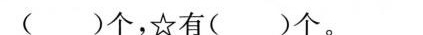
()个，☆有()个。